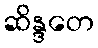
ဆိန္ဒတေ